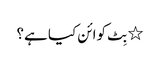
٭ بِٹ کوائن کیا ہے؟